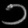
Digit: ၁